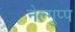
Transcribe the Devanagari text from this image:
नेल्गुप्प